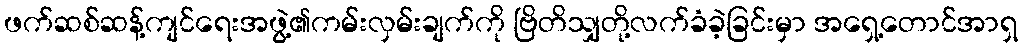
ဖက်ဆစ်ဆန့်ကျင်ရေးအဖွဲ့၏ကမ်းလှမ်းချက်ကို ဗြိတိသျှတို့လက်ခံခဲ့ခြင်းမှာ အရှေ့တောင်အာရှ